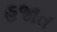
હજાત